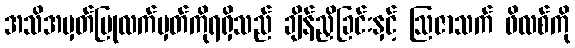
အသိအမှတ်ပြုလက်မှတ်ကိုရရှိသည် ချိန်ညှိခြင်းနှင့် ဩဇာသက် ဖိလစ်ကို